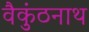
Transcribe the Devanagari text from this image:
वैकुंठनाथ